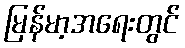
မြန်မာ့အရေးတွင်